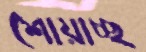
শোয়াচ্ছ